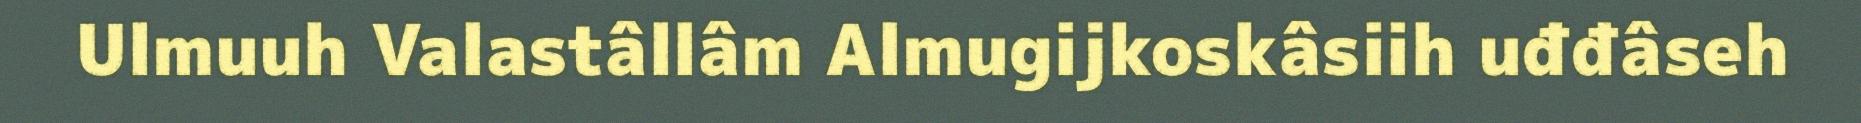
Ulmuuh Valastâllâm Almugijkoskâsiih uđđâseh